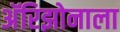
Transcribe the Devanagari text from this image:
अॅरिझोनाला